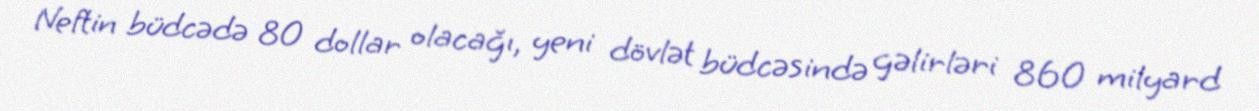
Neftin büdcədə 80 dollar olacağı, yeni dövlət büdcəsində gəlirləri 860 milyard